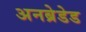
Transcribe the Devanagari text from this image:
अनब्रेडेड